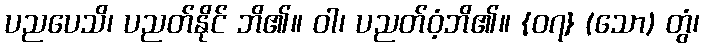
ပညပေသိ၊ ပညတ်နိုင် ဘိ၏။ ဝါ၊ ပညတ်ဝံ့ဘိ၏။ {၀၇} (သော) တွံ၊